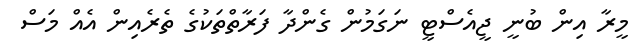
މީރާ އިން ބުނީ ޖީއެސްޓީ ނަގަމުން ގެންދާ ފަރާތްތަކުގެ ތެރެއިން އެއް މަސް